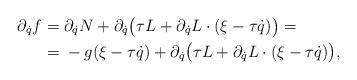
LaTeX: \begin{align*} \partial_{\dot q}f={}&\partial_{\dot q}N+ \partial_{\dot q}\bigl( \tau L+\partial_{\dot q}L\cdot (\xi -\tau \dot q)\bigr)=\\ ={}& -g(\xi -\tau \dot q)+ \partial_{\dot q}\bigl( \tau L+\partial_{\dot q}L\cdot (\xi -\tau \dot q)\bigr), \end{align*}